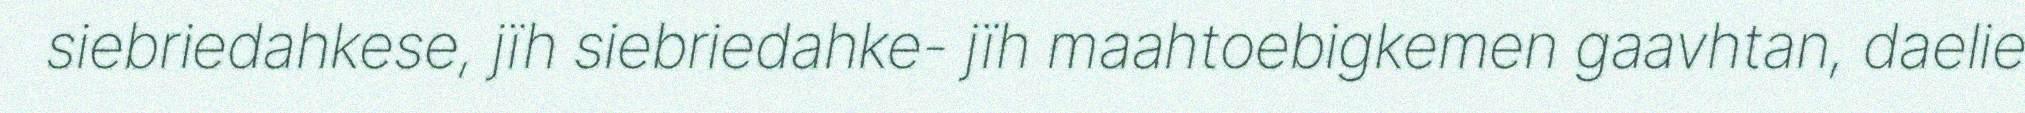
siebriedahkese, jïh siebriedahke- jïh maahtoebigkemen gaavhtan, daelie